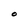
Character: O